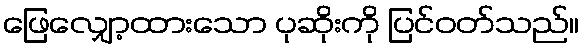
ဖြေလျှော့ထားသော ပုဆိုးကို ပြင်ဝတ်သည်။